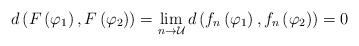
LaTeX: \begin{align*}d\left(F\left(\varphi_{1}\right),F\left(\varphi_{2}\right)\right)=\lim_{n\rightarrow\mathcal{U}}d\left(f_{n}\left(\varphi_{1}\right),f_{n}\left(\varphi_{2}\right)\right)=0\end{align*}